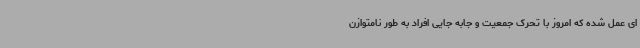
ای عمل شده که امروز با تحرک جمعیت و جابه جایی افراد به طور نامتوازن